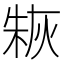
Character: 𤊣